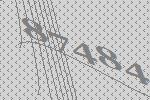
87484